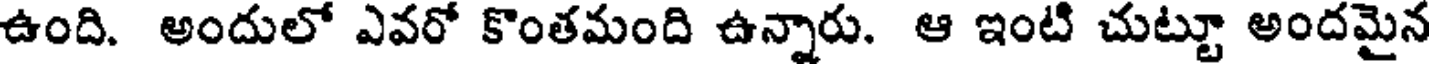
ఉంది. అందులో ఎవరో కొంతమంది ఉన్నారు. ఆ ఇంటి చుట్టూ అందమైన